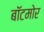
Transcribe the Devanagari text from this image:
बॉटमोर